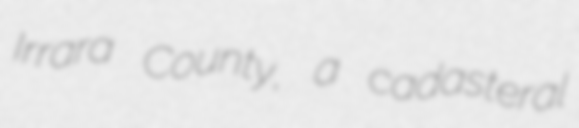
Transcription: Irrara County, a cadasteral